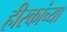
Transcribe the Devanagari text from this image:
हीरकांच्या